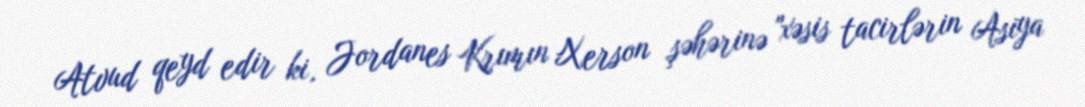
Atvud qeyd edir ki, Jordanes Krımın Xerson şəhərinə "xəsis tacirlərin Asiya